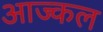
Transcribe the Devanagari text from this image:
आज्कल